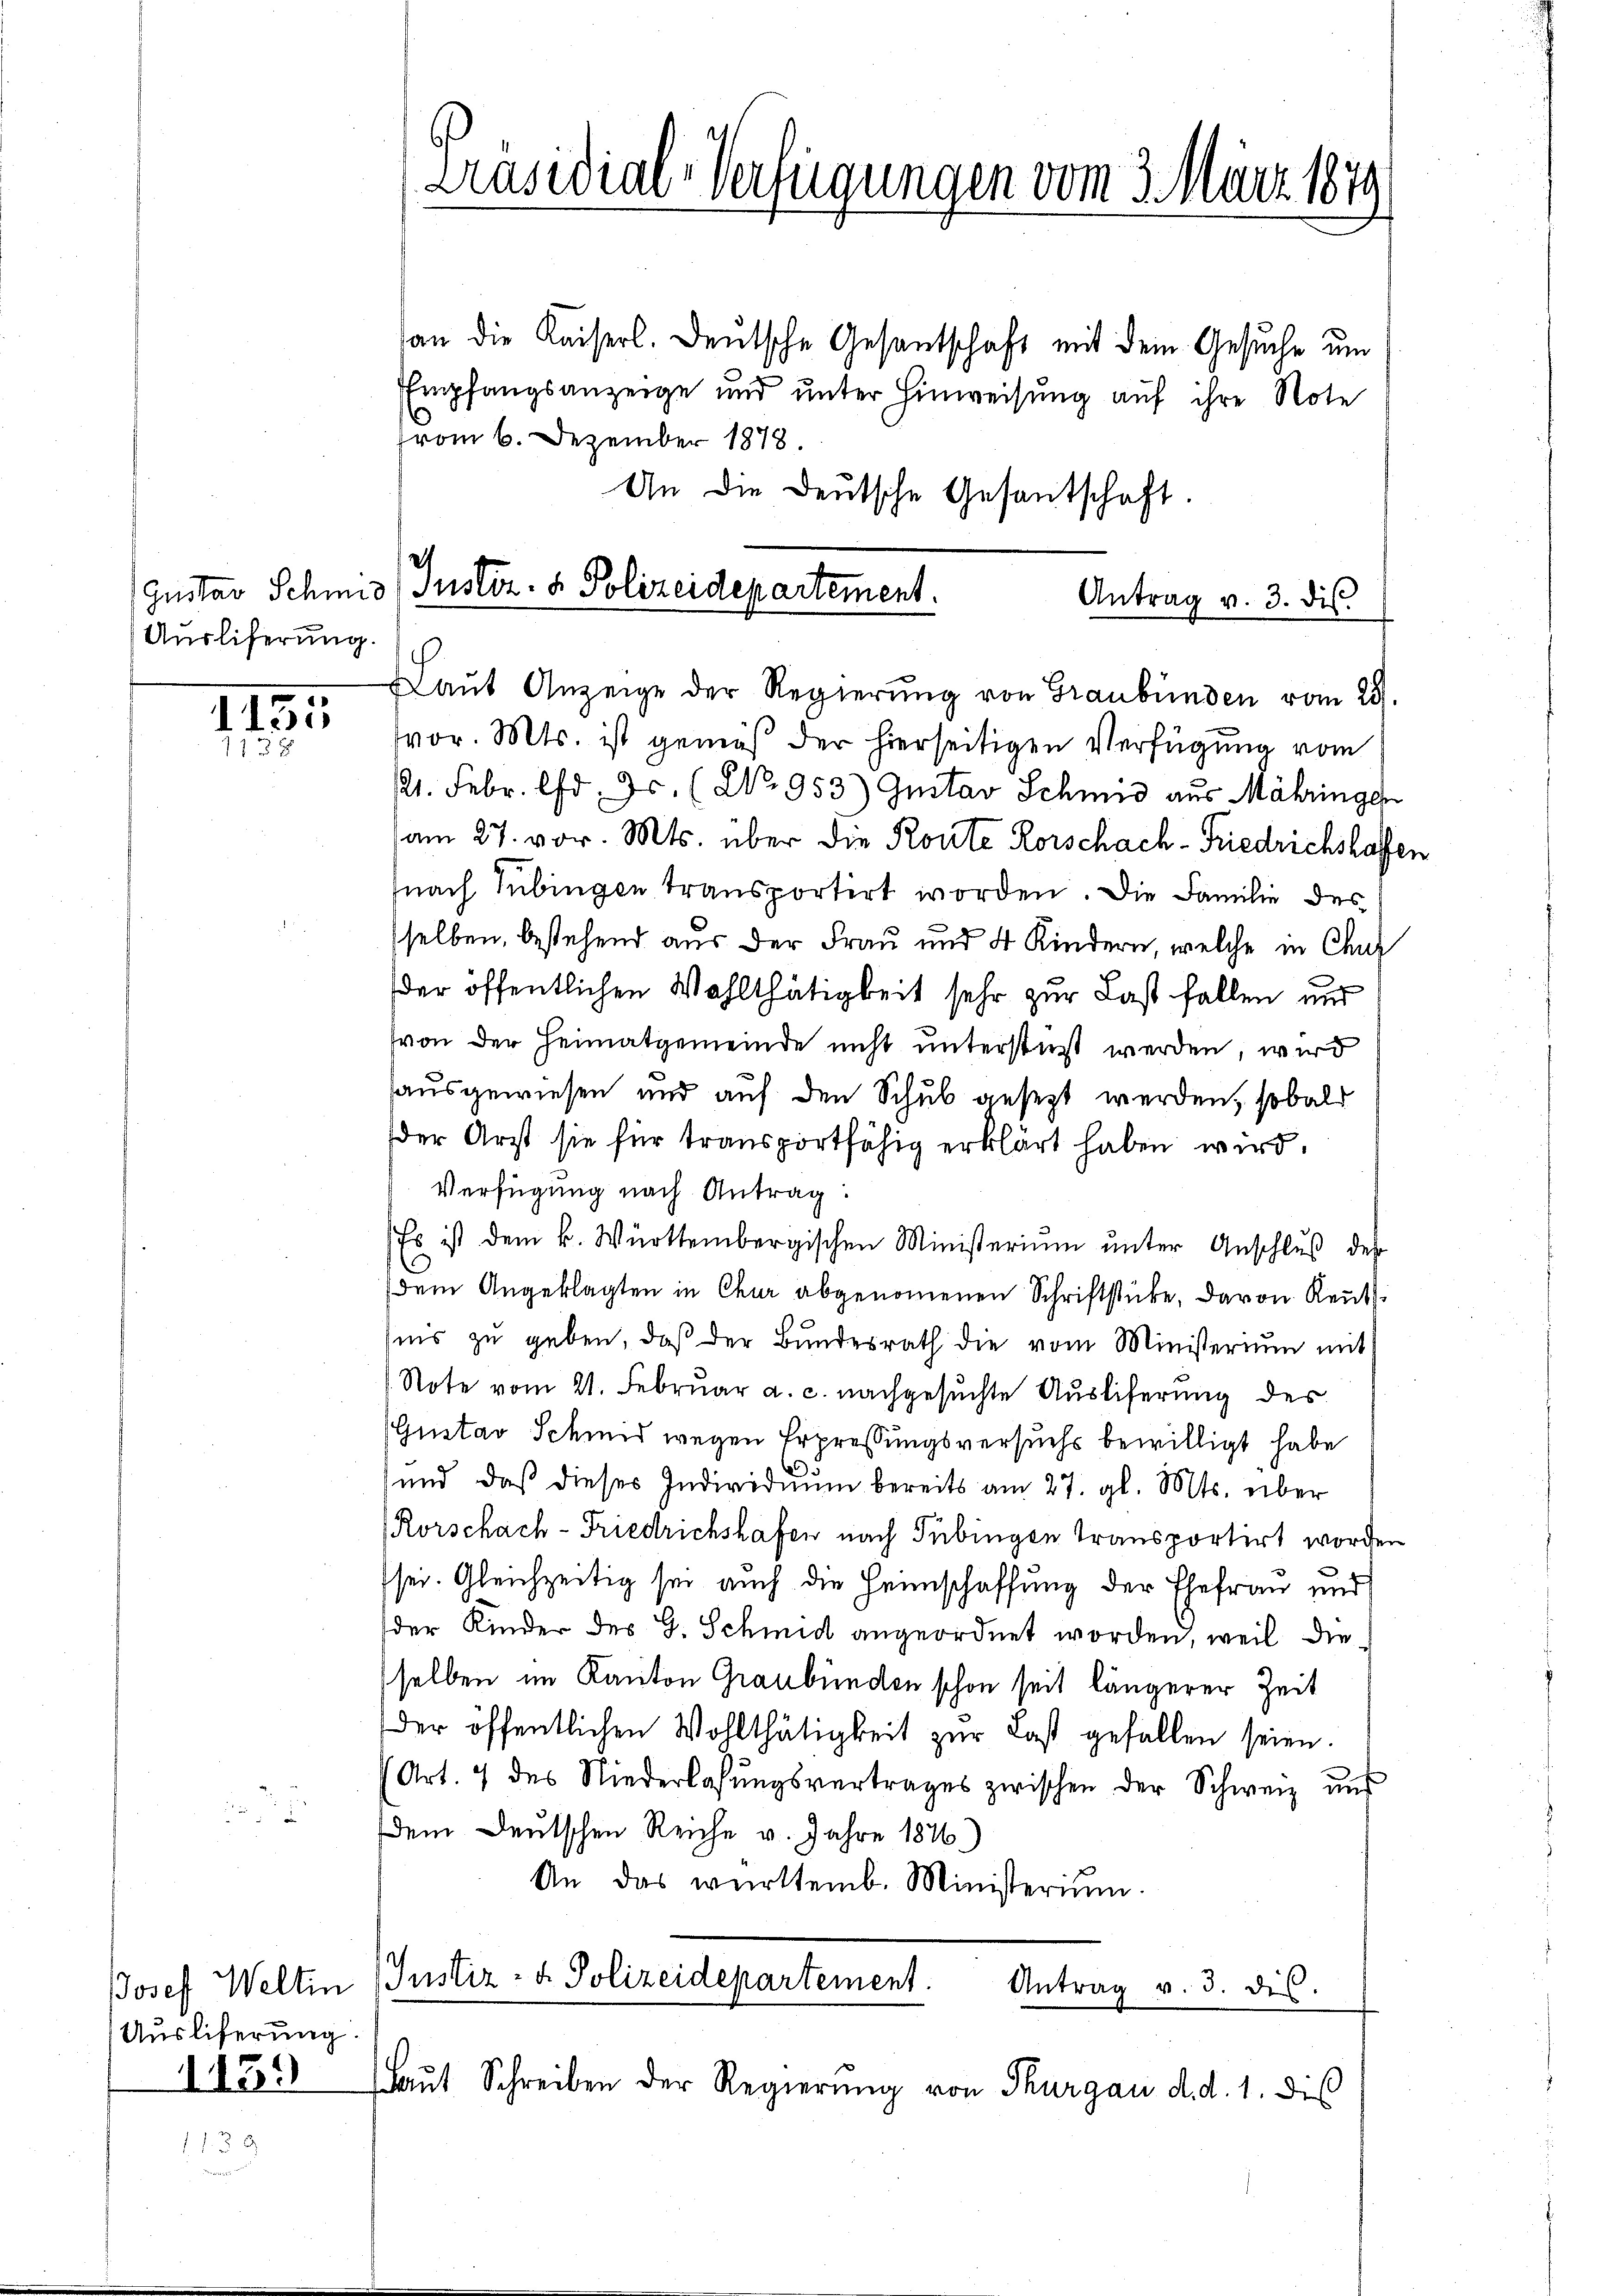
Ausliferung.

1155
113

Ausliferung
1159

Präsidial-Verfügungen vom 3. März 1879

an die Kaiserl. Deutsche Gesantschaft mit dem Gesuche um
Empfangsanzeige und unter Hinweisung auf ihre Note
vom 6. Dezember 1878
An die Deutsche Gesantschaft.
Gustav Schmid, Justiz- & Polizeidepartement

Antrag v. 3. dis
Laŭt Anzeige der Regierŭng von Graubünden vom 29.

vor. Mts. ist gemäß der hierseitigen Verfügung vom
121. Febr. d. Js. (2. 953) Gustav Schmid aus Mähringe
am 27. vor. Mts. über die Konte Rorschach-Friedrichshaffer
nach Tübingen transportirt worden. Die Familie des
sselben, bestehend aus der Frau und 4 Kindern, welche in Chur
der öffentlichen Wohlthätigkeit sehr zur Last fallen und
von der Heimatgemeinde nicht unterstüzt werden, wird
ausgewiesen und auf den Schub gesezt werden, sobald
der Arzt sie für transportfähig erklärt haben wird.
Verfügung nach Antrag:
Es ist dem k. Württembergischen Ministeriŭm ŭnter Anschlŭβ des
dem Angeklagten in Chur abgenommenen Schriftstücke, davon Reut
nis zu geben, daß der Bundesrath die vom Ministerium mit
Note vom 21. Februar a. c. nachgesuchte Ausliferung des
Gustav Schmid wegen Erpressungsversuchs bewilligt habe
und, daß dieses Individuum bereits am 27. gl. Mts. über
Rorschach-Friedrichshafen nach Tübingen transportirt worden
sei. Gleichzeitig sei auch die Heimschaffung der Ehefrau und
der Kinder des G. Schmid angeordnet worden, weil die
selben im Kanton Graubünden schon seit längerer Zeit
der öffentlichen Wohlthätigkeit zur Last gefallen seien.
Art. 7 des Niederlassŭngsvertrages zwischen der Schweiz und
dem Deutschen Reiche v. Jahre 1846)
An das württemb. Ministerium
JJosef Weltin Justiz- & Polizeidepartement.

Antrag v. 3. dis.
Laŭt Schreiben der Regierŭng von Thurgau d. d. 1. dis